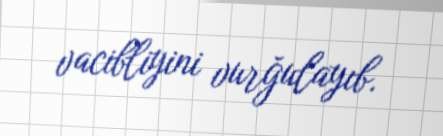
vacibliyini vurğulayıb.